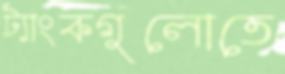
ট্যাংকগুলোতে